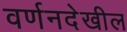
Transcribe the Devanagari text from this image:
वर्णनदेखील